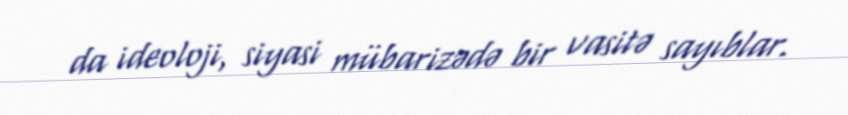
da ideoloji, siyasi mübarizədə bir vasitə sayıblar.